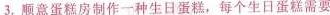
3.顺意蛋糕房制作一种生日蛋糕，每个生日蛋糕需要